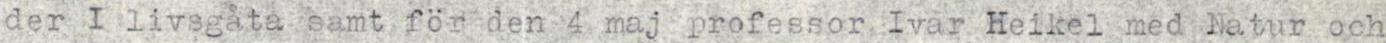
der I livsgåta samt för den 4 maj professor Ivar Heikel med Natur och